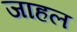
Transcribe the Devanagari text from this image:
जाहल